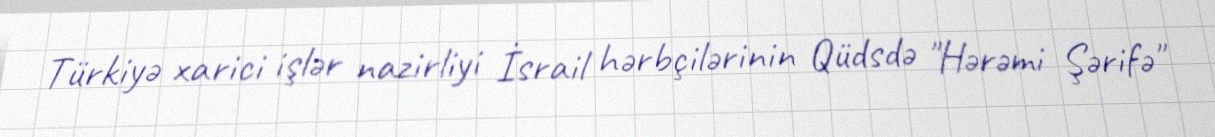
Türkiyə xarici işlər nazirliyi İsrail hərbçilərinin Qüdsdə "Hərəmi Şərifə"